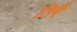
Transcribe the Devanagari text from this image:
तिरै